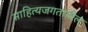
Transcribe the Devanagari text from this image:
साहित्यजगतातील